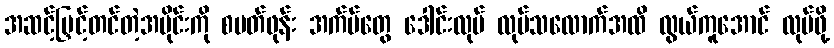
အဆင့်မြှင့်တင်တဲ့အပိုင်းကို စမတ်ဖုန်း အက်ပ်တွေ ဒေါင်းလုပ် လုပ်သလောက်အထိ လွယ်ကူအောင် လုပ်ဖို့